65_HS1-834228961_62-HQ-83894_Section_1
Agency: FBI
Page 81
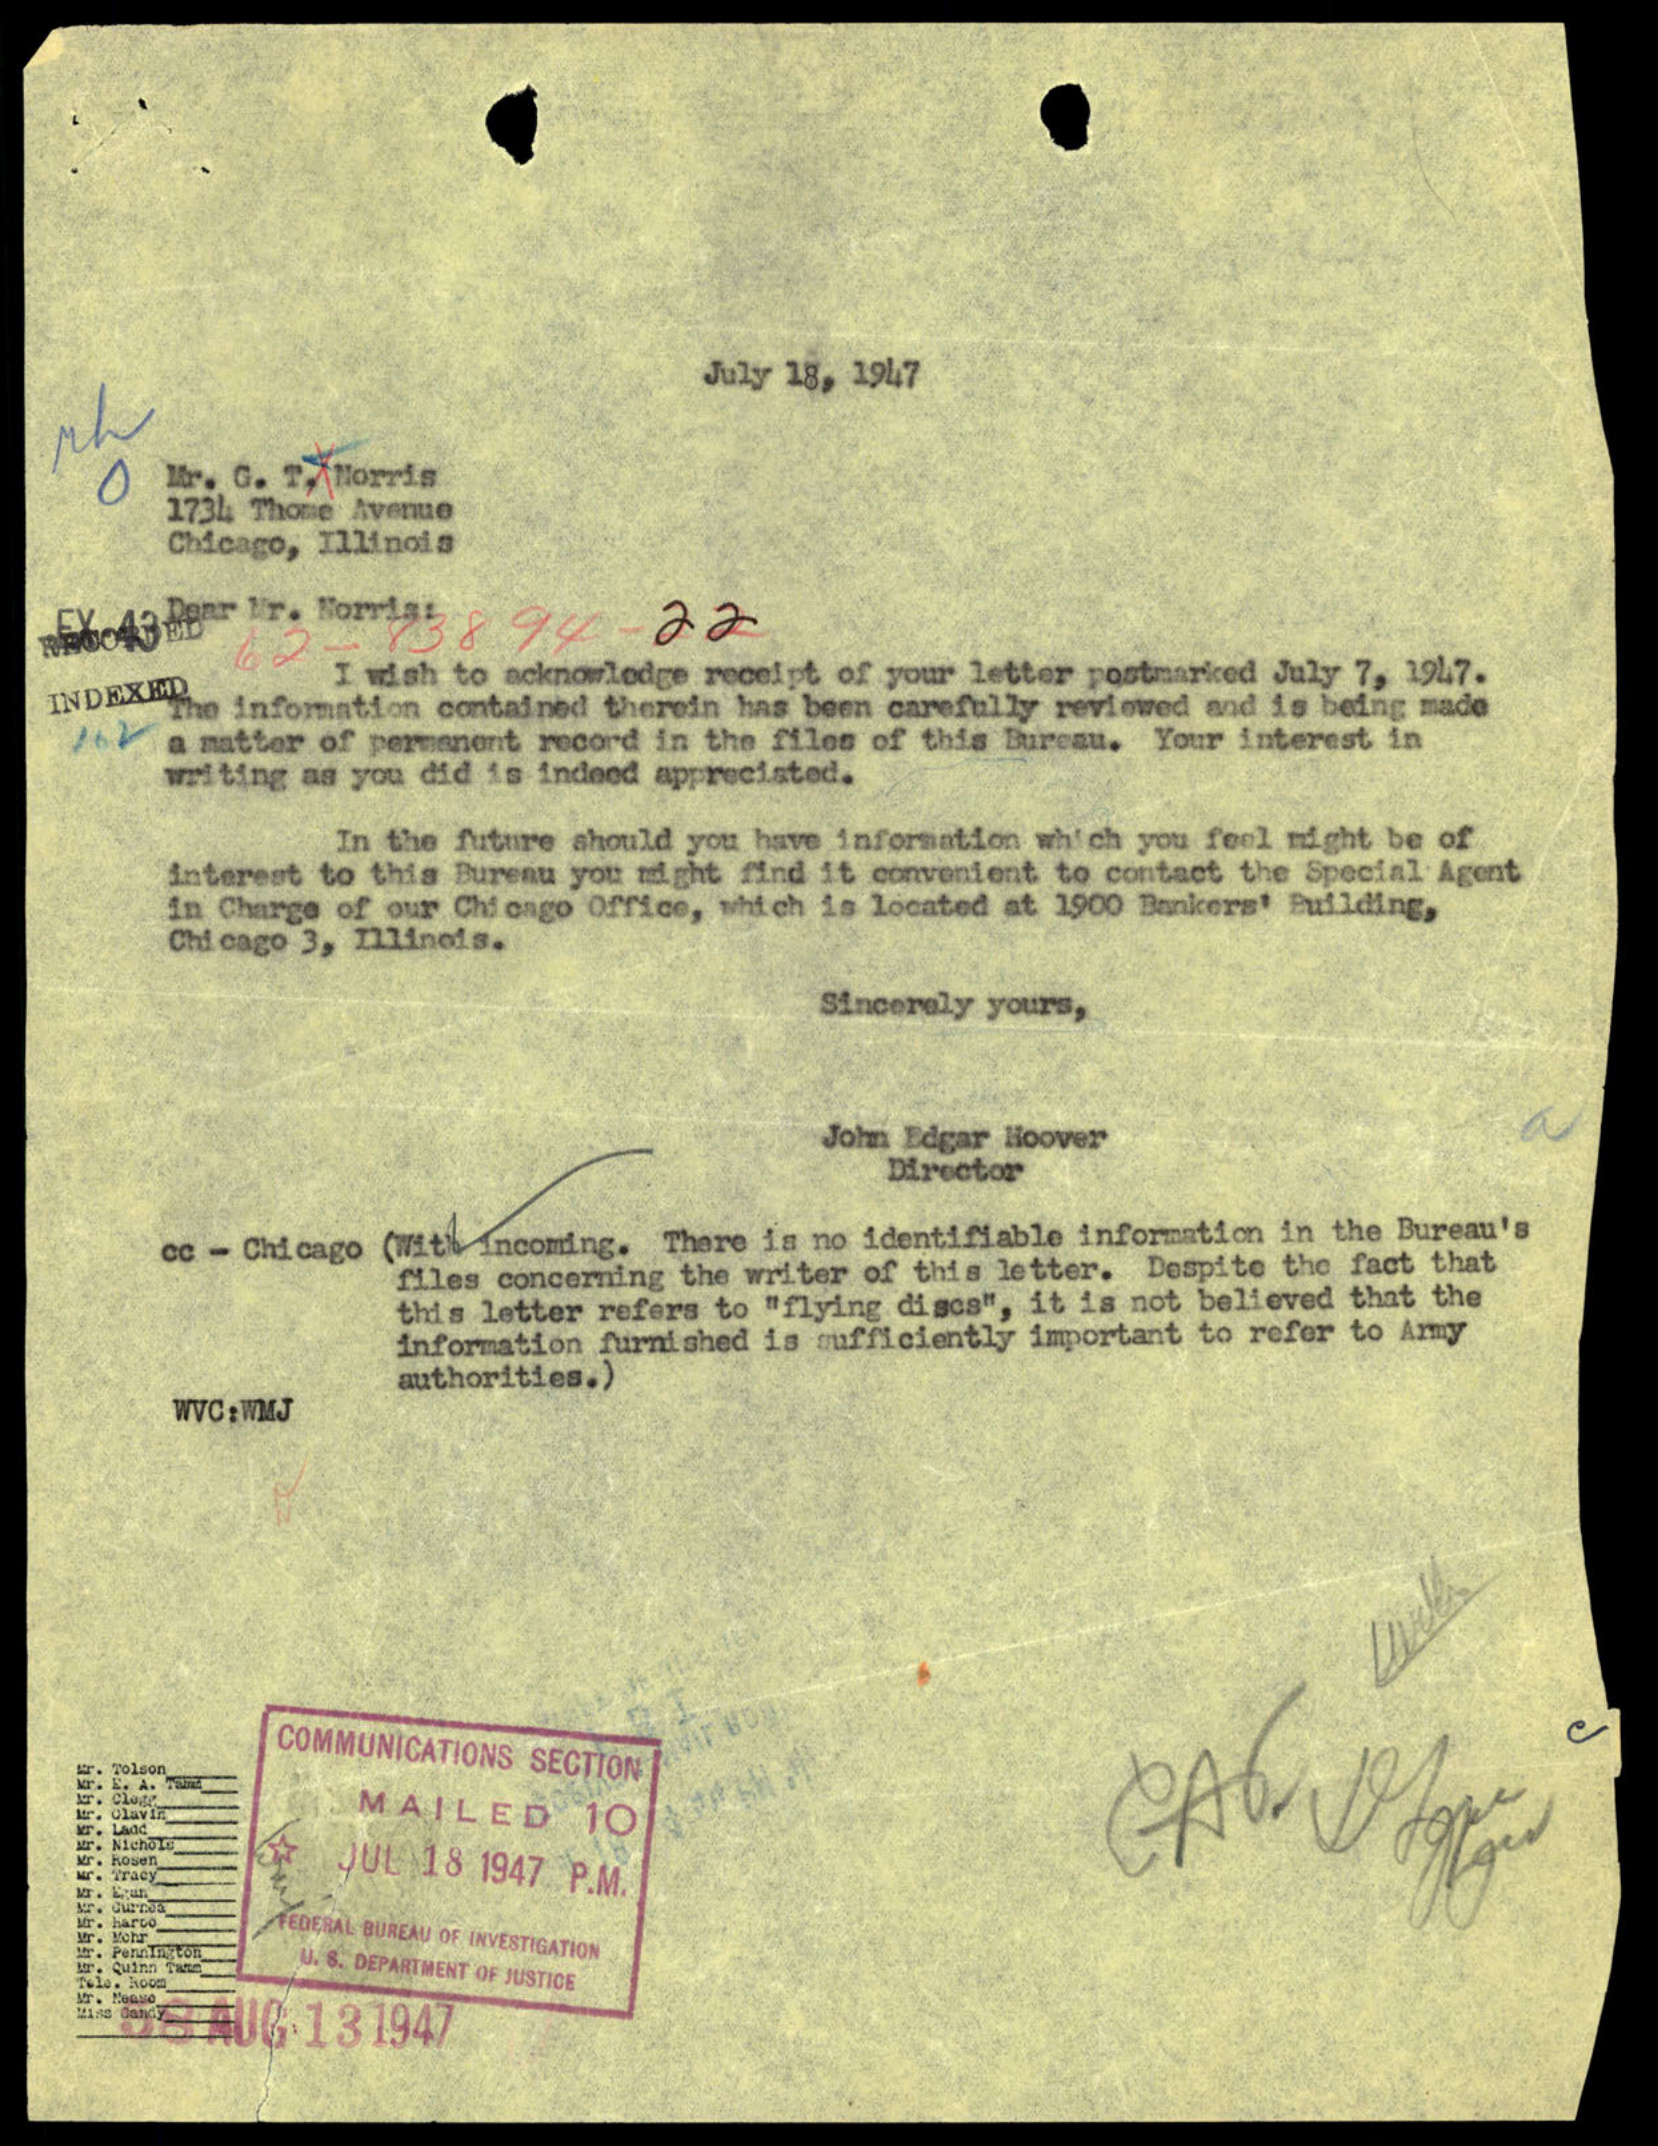